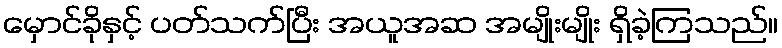
မှောင်ခိုနှင့် ပတ်သက်ပြီး အယူအဆ အမျိုးမျိုး ရှိခဲ့ကြသည်။